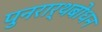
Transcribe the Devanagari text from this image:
पुनरार्थबोधन